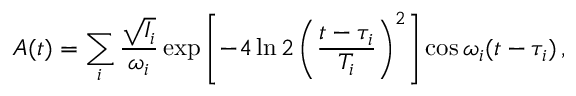
A ( t ) = \sum _ { i } \frac { \sqrt { I _ { i } } } { \omega _ { i } } \exp \left[ { - 4 \ln 2 \left( \frac { t - \tau _ { i } } { T _ { i } } \right) ^ { 2 } } \right] \cos \omega _ { i } ( t - \tau _ { i } ) \, ,